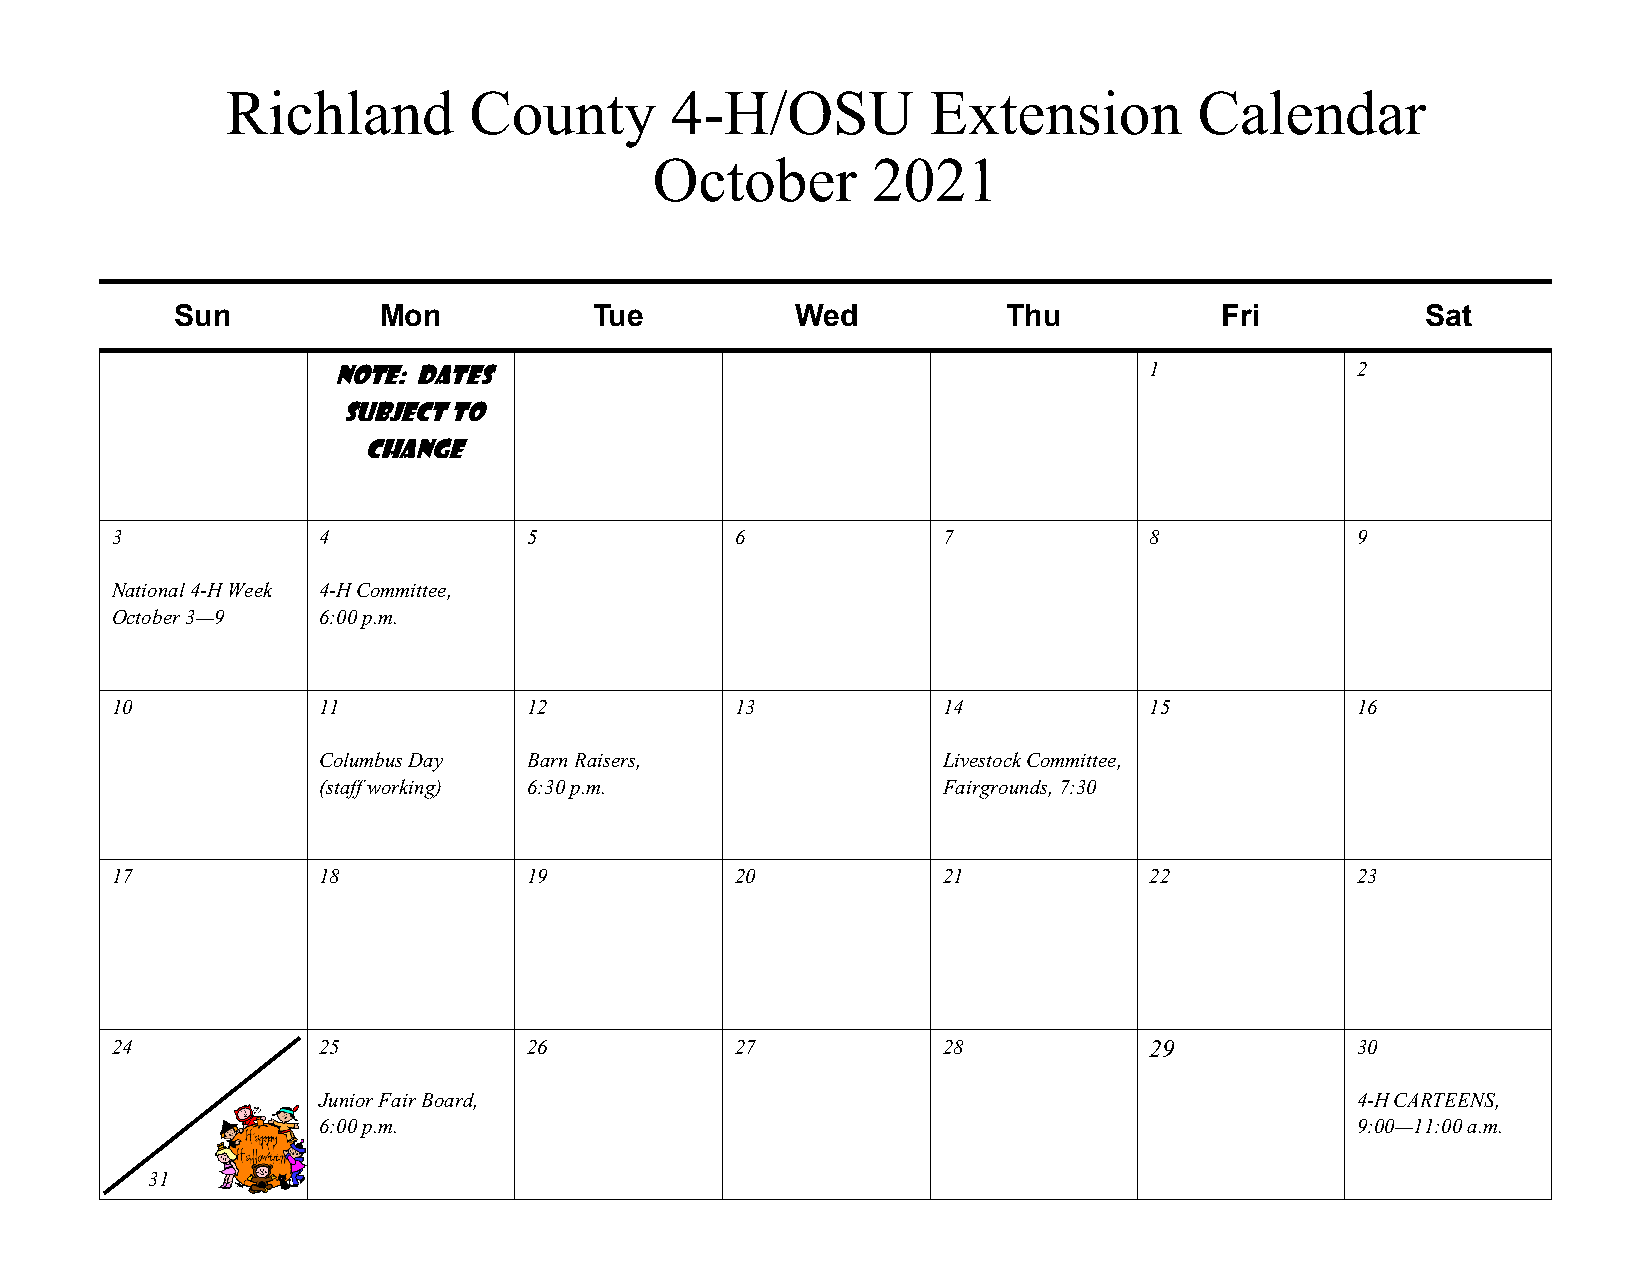
Richland        County       4-H/OSU          Extension         Calendar
 October        2021
 Sun          Mon           Tue           Wed           Thu           Fri          Sat
 Note: Dates                                           1             2
 subject to
 change
 3             4             5             6            7             8             9
 National 4-H Week 4-H Committee,
 October 3—9   6:00 p.m.
 10            11            12            13           14            15            16
 Columbus Day  Barn Raisers,              Livestock Committee,
 (staff working) 6:30 p.m.                Fairgrounds, 7:30
 17            18            19            20           21            22            23
 24            25            26            27           2 8           29            30
 Junior Fair Board,                                                   4-H CARTEENS,
 6:00 p.m.                                                            9:00—11:00 a.m.
 31